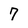
Character: 7